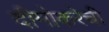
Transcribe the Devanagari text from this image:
दीमोकरेची